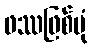
ဖဿဖြစ်ပုံ